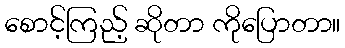
စောင့်ကြည့် ဆိုတာ ကိုပြောတာ။